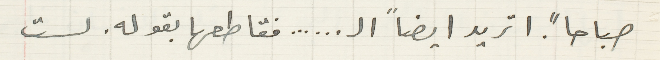
صباحاً. اتريد ايضاً ال ... ... فقاطعها بقوله. لست